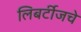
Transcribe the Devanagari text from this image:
लिबर्टीजचे